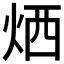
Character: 𤈇